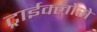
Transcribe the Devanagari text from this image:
ट्राईक्लोरो